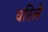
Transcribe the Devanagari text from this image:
वरिले